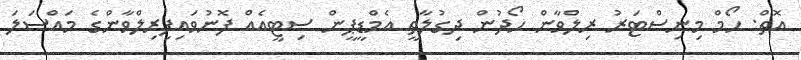
އޮތް: ހޯމް މިނިސްޓަރު ރިލްވާން ހޯދުން ދިގުލާތީ އެމްޑީޕީން ސިޓީއެއް ފޮނުވައިފިރިލްވާންގެ މައްސަލަ